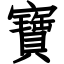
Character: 寶